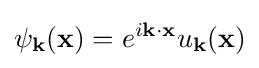
\psi _{\mathbf {k} }(\mathbf {x} )=e^{i\mathbf {k} \cdot \mathbf {x} }u_{\mathbf {k} }(\mathbf {x} )